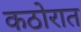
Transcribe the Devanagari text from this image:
कठोरात